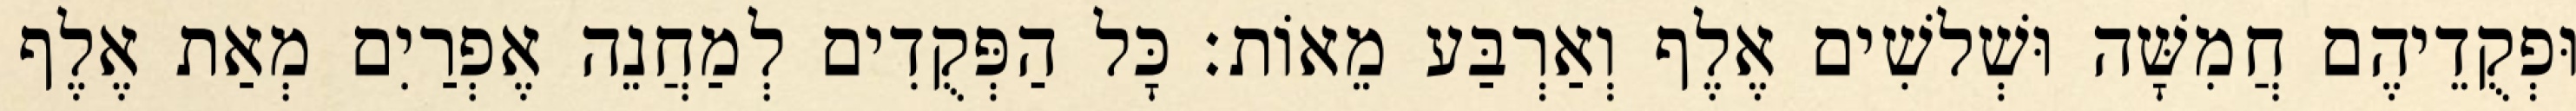
וּפְקֻדֵיהֶם חֲמִשָּׁה וּשְׁלשִׁים אֶלֶף וְאַרְבַּע מֵאוֹת׃ כָּל הַפְּקֻדִים לְמַחֲנֵה אֶפְרַיִם מְאַת אֶלֶף